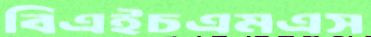
বিএইচএমএস